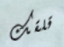
قلقك